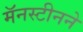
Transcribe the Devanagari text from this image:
मॅनस्टीनने